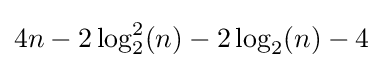
{\textstyle 4n-2\log _{2}^{2}(n)-2\log _{2}(n)-4}